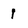
Character: 1